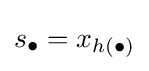
s_{\bullet }=x_{h(\bullet )}